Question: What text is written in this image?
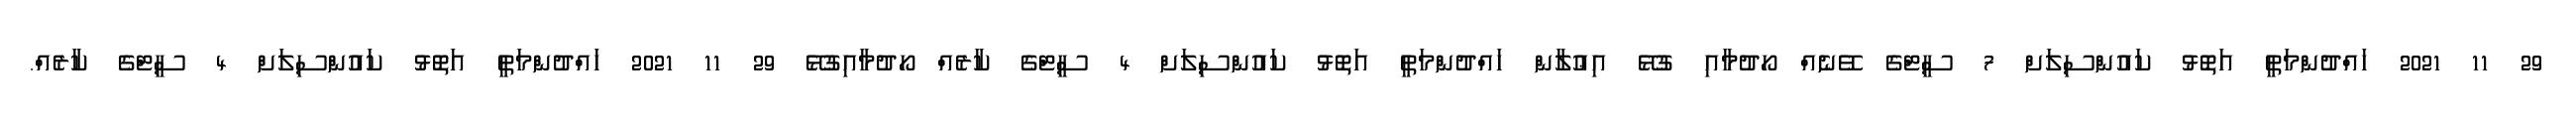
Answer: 29 11 2021 ހައްދުންމަތީ އަތޮޅު ކައުންސިލަށް 7 ސީޓްގެ ވޭނެއް ހޯދުމާއި ގުޅޭ އިޢުލާން ހައްދުންމަތީ އަތޮޅު ކައުންސިލަށް 4 ސީޓްގެ ކާރެއް ހޯދުމާއިގުޅޭ 29 11 2021 ހައްދުންމަތީ އަތޮޅު ކައުންސިލަށް 4 ސީޓްގެ ކާރެއް.